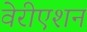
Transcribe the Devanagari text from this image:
वेरीएशन